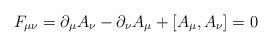
LaTeX: \begin{align*}F_{\mu\nu} = \partial_\mu A_\nu - \partial_\nu A_\mu + [A_\mu, A_\nu] = 0\end{align*}